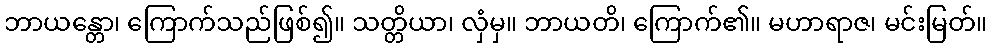
ဘာယန္တော၊ ကြောက်သည်ဖြစ်၍။ သတ္တိယာ၊ လှံမှ။ ဘာယတိ၊ ကြောက်၏။ မဟာရာဇ၊ မင်းမြတ်။